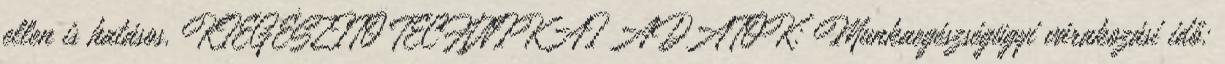
ellen is hatásos. KIEGÉSZÍTŐ TECHNIKAI ADATOK: Munkaegészségügyi várakozási idő: